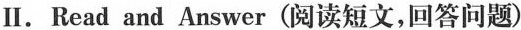
Ⅱ.Read and Answer (阅读短文,回答问题)